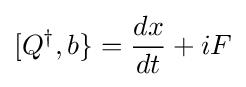
[Q^{\dagger },b\}={\frac {dx}{dt}}+iF